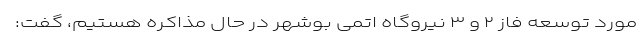
مورد توسعه فاز ۲ و ۳ نیروگاه اتمی بوشهر در حال مذاکره هستیم، گفت: